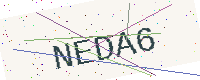
Text: NEDA6